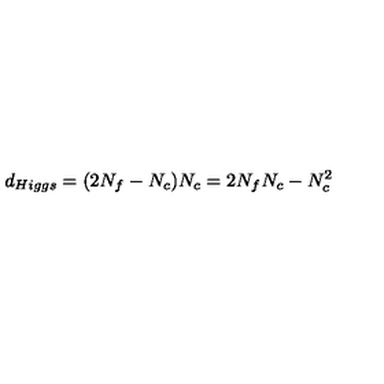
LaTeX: d _ { H i g g s } = ( 2 N _ { f } - N _ { c } ) N _ { c } = 2 N _ { f } N _ { c } - N _ { c } ^ { 2 }